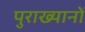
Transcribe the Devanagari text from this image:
पुराख्यानों